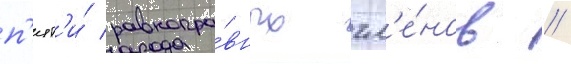
п'ят'и́ равнопра́вных чл'е́нов //